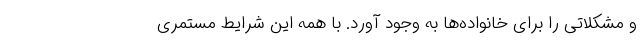
و مشکلاتی را برای خانواده‌ها به وجود آورد. با همه این شرایط مستمری